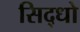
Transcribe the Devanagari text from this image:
सिद्धो